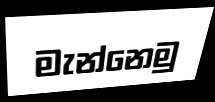
මැන්නෙමු